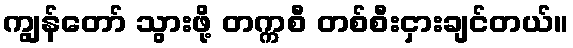
ကျွန်တော် သွားဖို့ တက္ကစီ တစ်စီးငှားချင်တယ်။